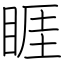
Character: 睚